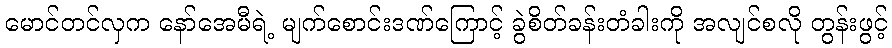
မောင်တင်လှက နော်အေမီရဲ့ မျက်စောင်းဒဏ်ကြောင့် ခွဲစိတ်ခန်းတံခါးကို အလျင်စလို တွန်းဖွင့်